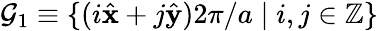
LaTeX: \mathcal{G}_{1}\equiv\{ ({i}\hat{\mathbf{x}}+{j}\hat{\mathbf{y}})2\pi/a\mid{i},{j}\in\mathbb{Z}\}